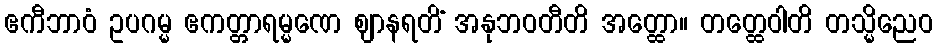
ဧကီဘာဝံ ဥပဂမ္မ ဧကတ္တာရမ္မဏေ ဈာနရတိံ အနုဘဝတီတိ အတ္ထော။ တတ္ထေဝါတိ တသ္မိညေဝ